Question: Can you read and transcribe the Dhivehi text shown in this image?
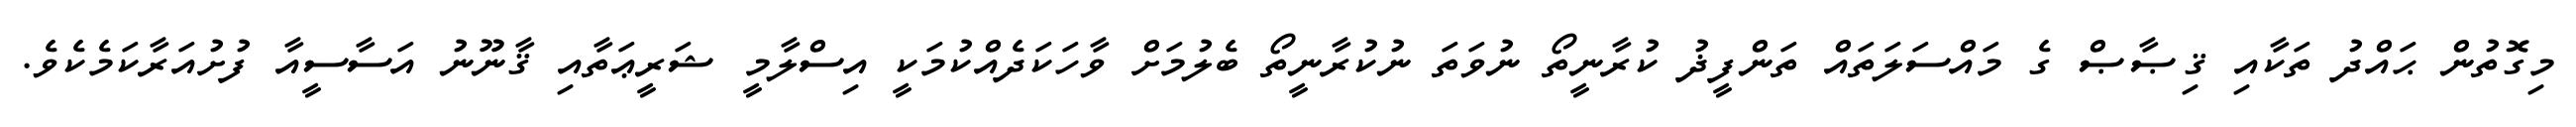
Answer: މިގޮތުން ޙައްދު ތަކާއި ޤިޞާޞް ގެ މައްސަލަތައް ތަންފީޛު ކުރާނީތޯ ނުވަތަ ނުކުރާނީތޯ ބެލުމަށް ވާހަކަދެއްކުމަކީ އިސްލާމީ ޝަރީޢަތާއި ޤާނޫނު އަސާސީއާ ފުށުއަރާކަމެކެވެ.